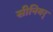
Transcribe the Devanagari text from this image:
सीनियर्